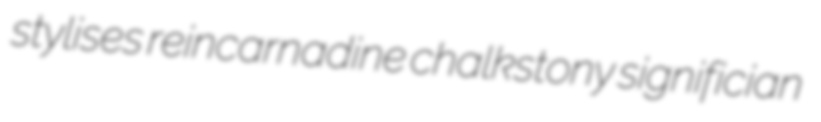
stylises reincarnadine chalkstony significian